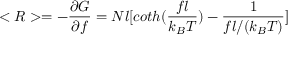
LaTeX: < R > = - { \frac { \partial G } { \partial f } } = N l [ c o t h ( { \frac { f l } { k _ { B } T } } ) - { \frac { 1 } { f l / ( k _ { B } T ) } } ]